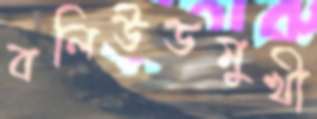
বলিউডমুখী